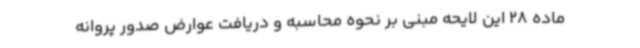
ماده 28 این لایحه مبنی بر نحوه محاسبه و دریافت عوارض صدور پروانه